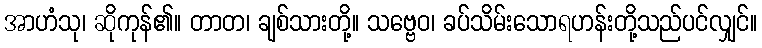
အာဟံသု၊ ဆိုကုန်၏။ တာတ၊ ချစ်သားတို့။ သဗ္ဗေဝ၊ ခပ်သိမ်းသောရဟန်းတို့သည်ပင်လျှင်။